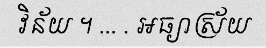
វិន័យ ។ ... . អធ្យាស្រ័យ